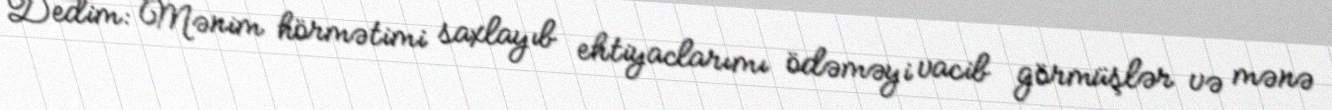
Dedim: Mənim hörmətimi saxlayıb ehtiyaclarımı ödəməyi vacib görmüşlər və mənə